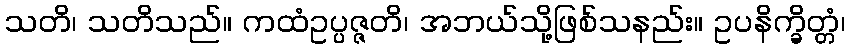
သတိ၊ သတိသည်။ ကထံဥပ္ပဇ္ဇတိ၊ အဘယ်သို့ဖြစ်သနည်း။ ဥပနိက္ခိတ္တံ၊